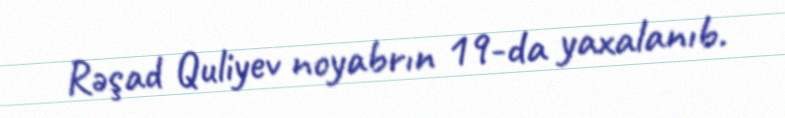
Rəşad Quliyev noyabrın 19-da yaxalanıb.